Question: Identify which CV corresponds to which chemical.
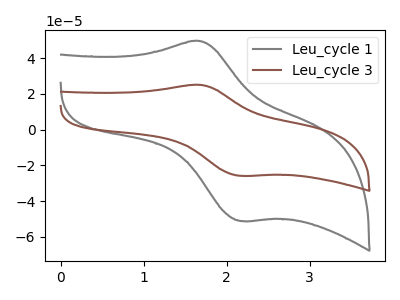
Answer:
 <answer>The gray curve is labeled "Leu_cycle 1". The brown curve is labeled "Leu_cycle 3".</answer>
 <eval></eval>